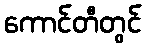
ကောင်တီတွင်